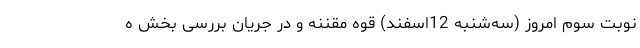
نوبت سوم امروز (سه‌شنبه 12اسفند) قوه مقننه و در جریان بررسی بخش ه